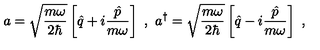
a = \sqrt { \frac { m \omega } { 2 \hbar } } \left[ \hat { q } + i \frac { \hat { p } } { m \omega } \right] \ , \ a ^ { \dagger } = \sqrt { \frac { m \omega } { 2 \hbar } } \left[ \hat { q } - i \frac { \hat { p } } { m \omega } \right] \ , \